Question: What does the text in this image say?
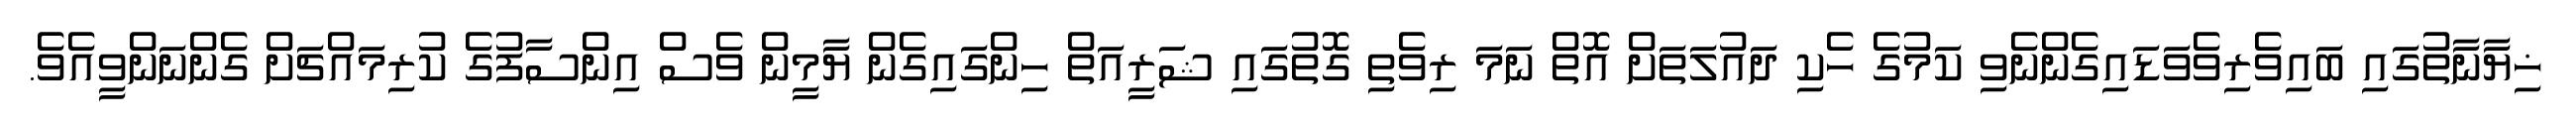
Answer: ޚިޔާނާތުގައި ބައިވެރިވެވަޑައިގެންނެވި ކަމުގެ ހެކި ދައުލަތަށް އޮތް ނަމަ ރިވެތި ގޮތުގައި ޝަރީއަތް ހިންގައިގެން ޔާމީން ވެސް އިންސާފުގެ ކުރިމައްޗަށް ގެންނަންވީއެވެ.